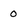
Character: 0